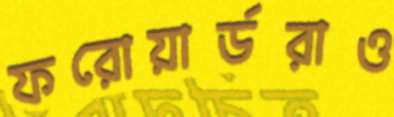
ফরোয়ার্ডরাও